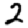
Digit: 2